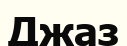
Джаз